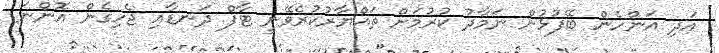
އަދި އަންހެން ބޭފުޅުން ނަމާދު ކުރުމަށް ތައްޔާރުކުރެވޭނީ ޓާފް ދަނޑާއި ޖެހިގެން އޮންނަ